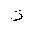
Letter: _ta